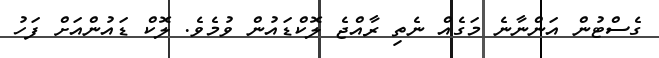
ގެސްޓުން އަންނާނެ މަގެއް ނެތި ރާއްޖެ ލޮކްޑައުން ވުމެވެ. ލޮކް ޑައުންއަށް ފަހު